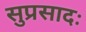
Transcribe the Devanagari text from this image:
सुप्रसादः